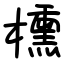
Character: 櫄